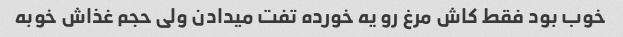
خوب بود فقط کاش مرغ رو یه خورده تفت میدادن ولی حجم غذاش خوبه